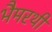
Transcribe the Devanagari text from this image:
भैमरथी